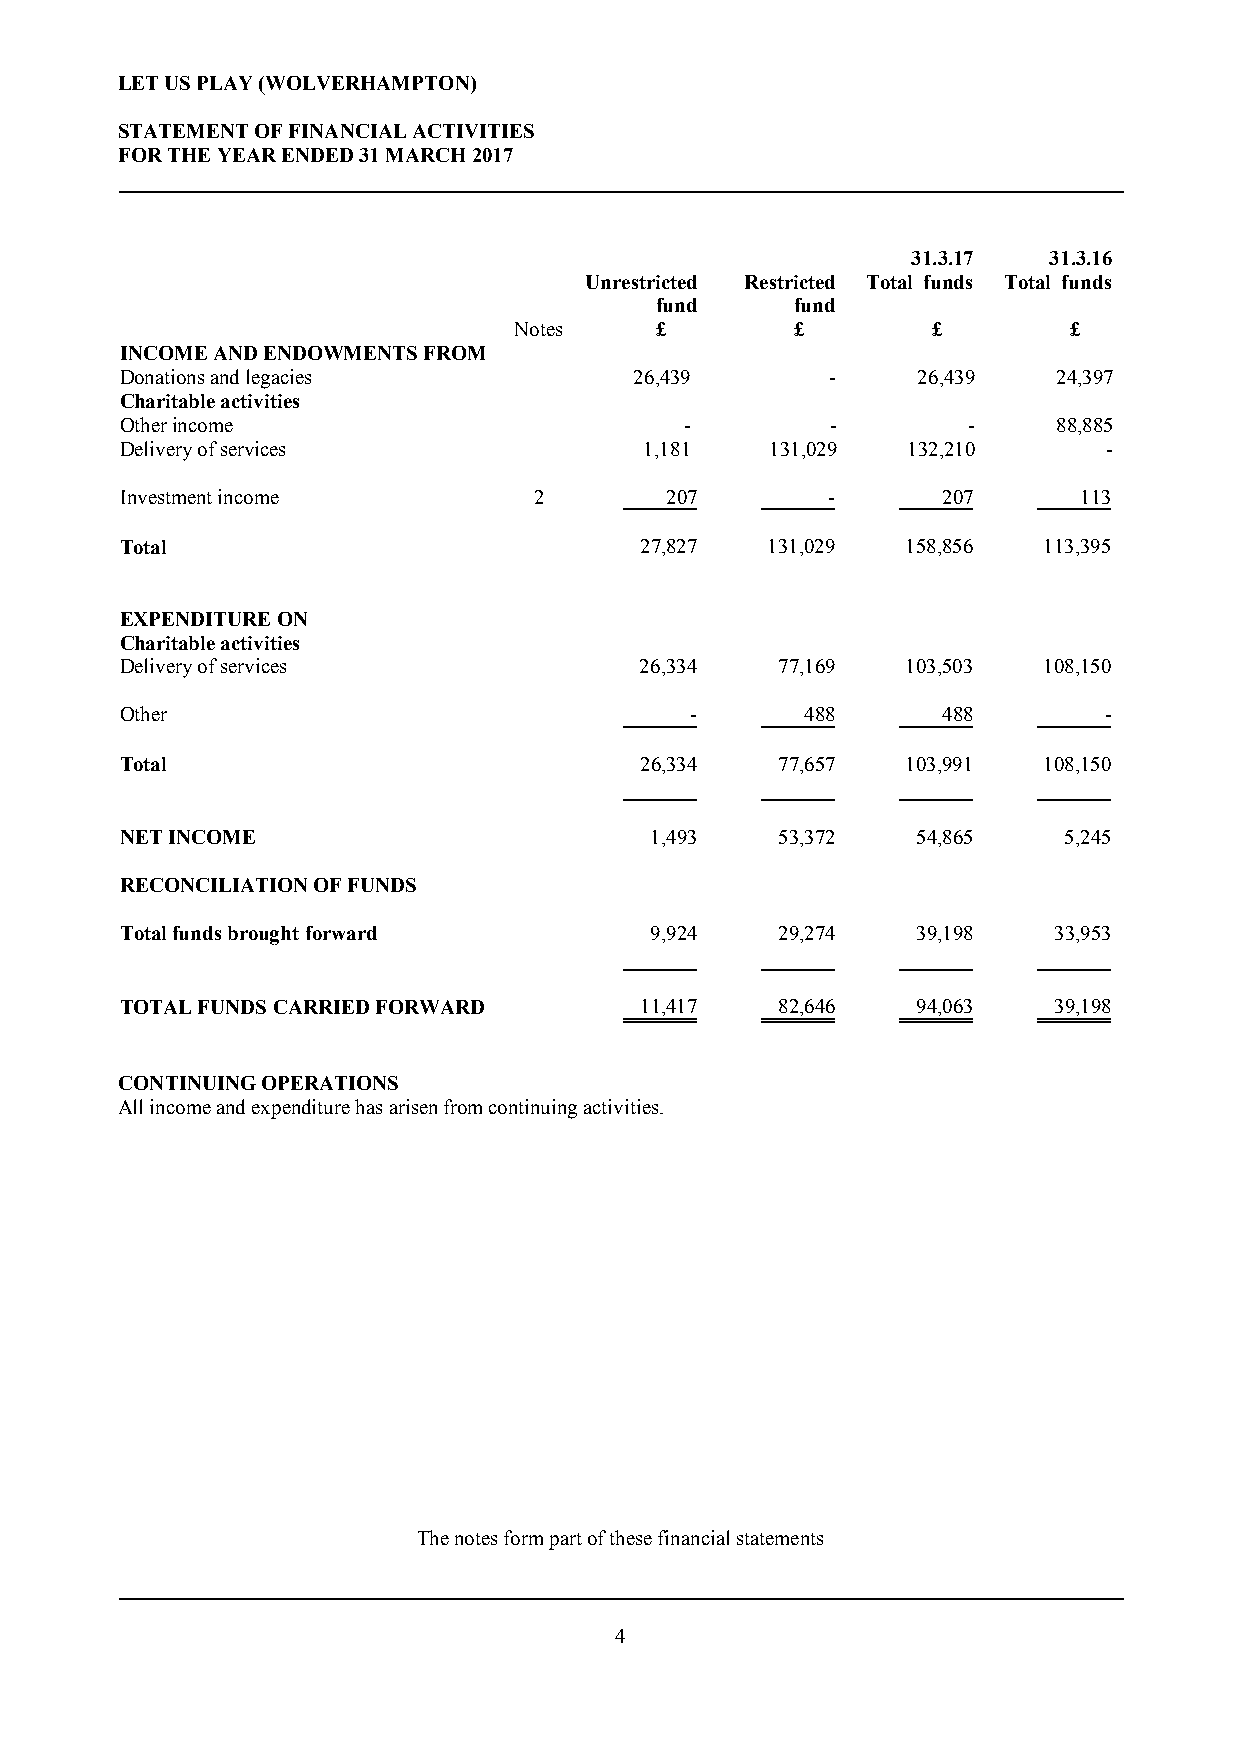
LET US PLAY (WOLVERHAMPTON)
 STATEMENT OF FINANCIAL ACTIVITIES
 FOR THE YEAR ENDED 31 MARCH 2017
 31.3.17  31.3.16
 Unrestricted Restricted Total funds Total funds
 fund      fund
 Notes    £         £        £        £
 INCOME AND ENDOWMENTS FROM
 Donations and legacies            26,439       -     26,439   24,397
 Charitable activities
 Other income                         -         -        -     88,885
 Delivery of services               1,181   131,029  132,210      -
 Investment income          2        207        -      207      113
 Total                             27,827   131,029  158,856  113,395
 EXPENDITURE ON
 Charitable activities
 Delivery of services              26,334   77,169   103,503  108,150
 Other                                 -      488      488        -
 Total                             26,334   77,657   103,991  108,150
 NET INCOME                         1,493   53,372    54,865   5,245
 RECONCILIATION OF FUNDS
 Total funds brought forward        9,924   29,274    39,198   33,953
 TOTAL FUNDS CARRIED FORWARD       11,417   82,646    94,063   39,198
 CONTINUING OPERATIONS
 All income and expenditure has arisen from continuing activities.
 The notes form part of these financial statements
 4